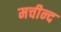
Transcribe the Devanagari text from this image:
मचीन्‍द